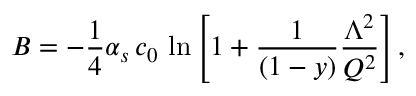
B = - { \frac { 1 } { 4 } } \alpha _ { s } \, c _ { 0 } \, \ln { \left[ 1 + { \frac { 1 } { ( 1 - y ) } } { \frac { \Lambda ^ { 2 } } { Q ^ { 2 } } } \right] } \, ,